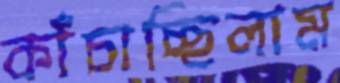
কাঁচাচ্ছিলাম